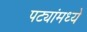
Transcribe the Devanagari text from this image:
पट्यांमध्ये